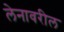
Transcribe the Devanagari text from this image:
लेनावरील